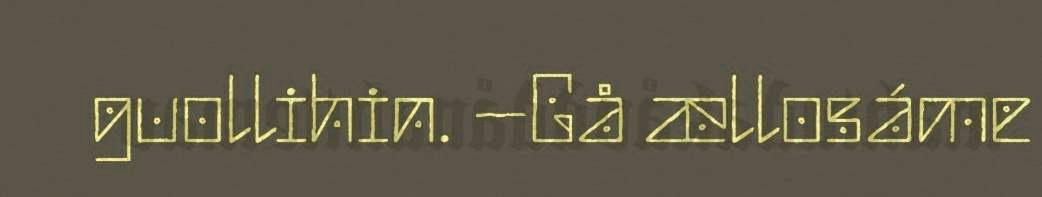
guollihin. –Gå ællosáme